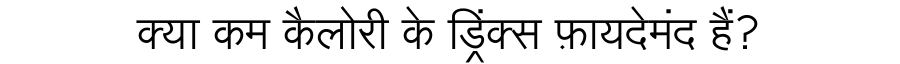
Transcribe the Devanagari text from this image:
क्या कम कैलोरी के ड्रिंक्स फ़ायदेमंद हैं?